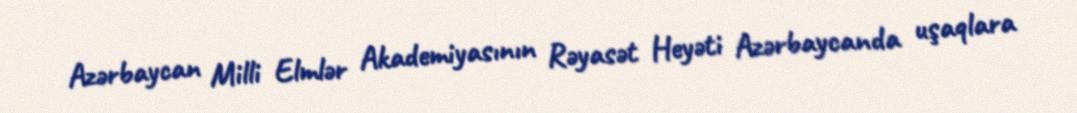
Azərbaycan Milli Elmlər Akademiyasının Rəyasət Heyəti Azərbaycanda uşaqlara